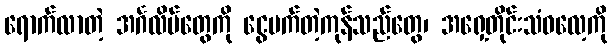
ရောက်လာတဲ့ အင်္ဂလိပ်တွေကို ငွေမက်တဲ့ကုန်သည်တွေ၊ အရှေ့တိုင်းသံဓလေ့ကို